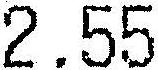
2.55